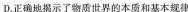
D.正确地揭示了物质世界的本质和基本规律